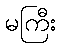
မကြီး